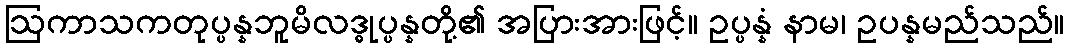
ဩကာသကတုပ္ပန္နဘူမိလဒ္ဓုပ္ပန္နတို့၏ အပြားအားဖြင့်။ ဥပ္ပန္နံ နာမ၊ ဥပန္နမည်သည်။